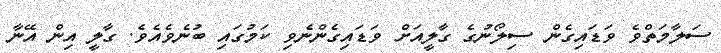
ސަލާމަތްވެ ވަޑައިގެން ސިލޯނުގެ ގާލީއަށް ވަޑައިގެންނެވި ކަމުގައި ބުނެވެއެވެ. ގާލީ އިން އޭނާ